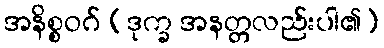
အနိစ္စဝဂ် (ဒုက္ခ အနတ္တလည်းပါ၏)